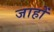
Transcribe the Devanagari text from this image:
जाहों